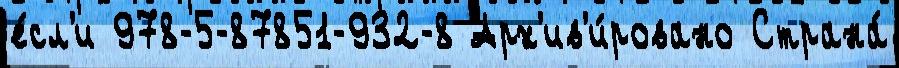
е́сл'и 978-5-87851-932-8 Арх'ив'и́ровано Страна́